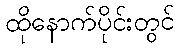
ထိုနောက်ပိုင်းတွင်